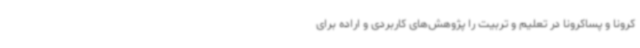
کرونا و پساکرونا در تعلیم و تربیت را پژوهش‌های کاربردی و اراده برای